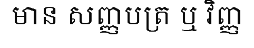
មាន សញ្ញបត្រ ឬ វិញ្ញ